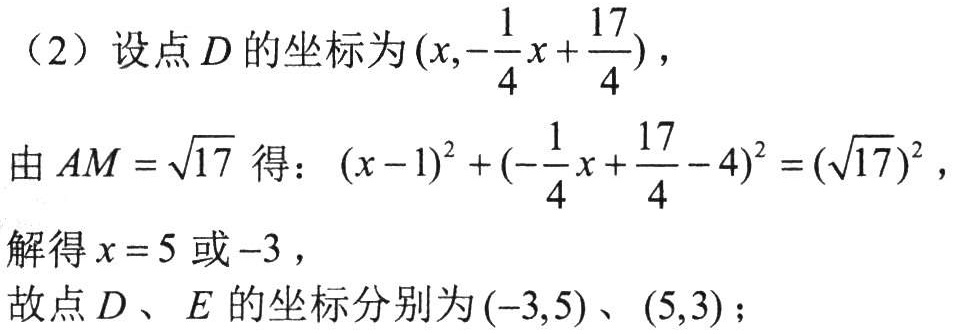
（2）设点\(D\)的坐标为\((x,-\frac{1}{4}x + \frac{17}{4})\)，
由\(AM = \sqrt{17}\)得：\((x - 1)^2 + (-\frac{1}{4}x + \frac{17}{4} - 4)^2 = (\sqrt{17})^2\)，
解得\(x = 5\)或\(-3\)，
故点\(D\)、\(E\)的坐标分别为\((-3,5)\)、\((5,3)\)；